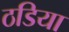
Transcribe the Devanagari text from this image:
ठडिया